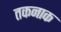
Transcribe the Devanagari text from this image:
तकनाक